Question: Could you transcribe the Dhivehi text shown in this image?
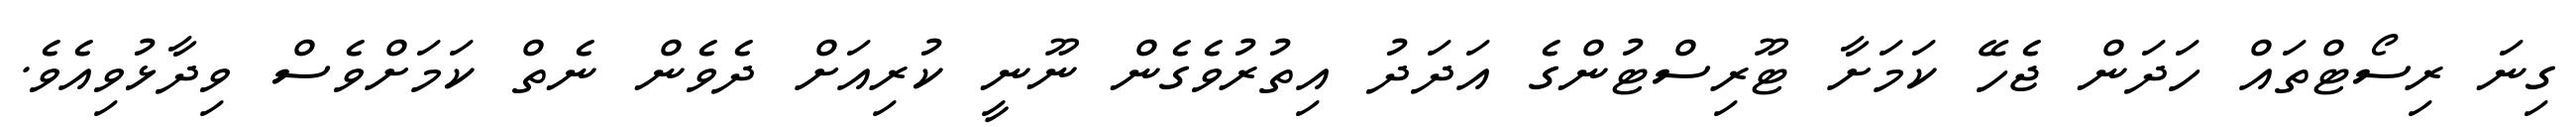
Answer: ގިނަ ރިސޯޓްތައް ހަދަން ޖެހޭ ކަމަށާ ޓޫރިސްޓުންގެ އަދަދު އިތުރުވެގެން ނޫނީ ކުރިއަށް ދެވެން ނެތް ކަމަށްވެސް ވިދާޅުވިއެވެ.